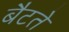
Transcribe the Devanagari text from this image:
बैटते